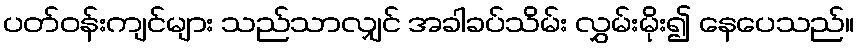
ပတ်ဝန်းကျင်များ သည်သာလျှင် အခါခပ်သိမ်း လွှမ်းမိုး၍ နေပေသည်။